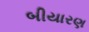
બીયારણ